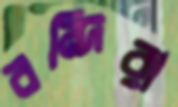
বন্দিরা